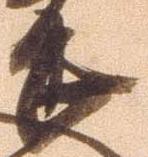
畏